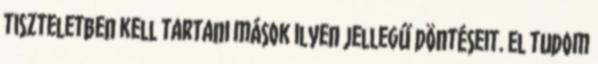
tiszteletben kell tartani mások ilyen jellegű döntéseit. El tudom